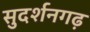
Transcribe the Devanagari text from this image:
सुदर्शनगढ़